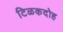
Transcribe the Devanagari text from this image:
टिळकदोह